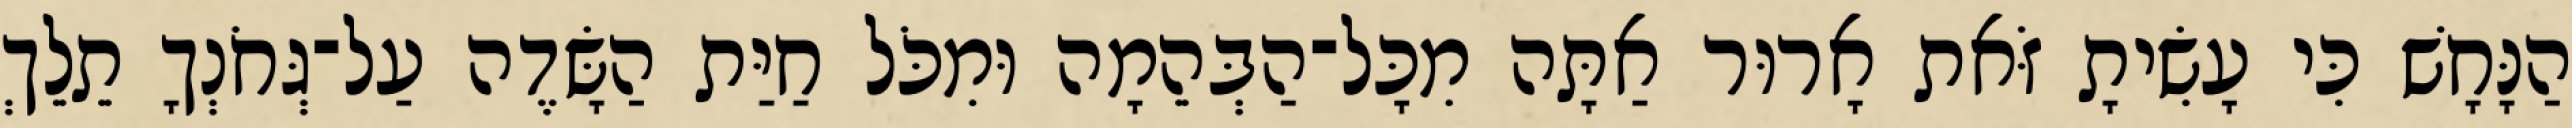
הַנָּחָשׁ כִּי עָשִׂיתָ זֹּאת אָרוּר אַתָּה מִכָּל־הַבְּהֵמָה וּמִכֹּל חַיַּת הַשָּׂדֶה עַל־גְּחֹנְךָ תֵלֵךְ